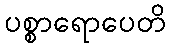
ပစ္စာရောပေတိ